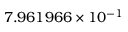
7 . 9 6 1 9 6 6 \times 1 0 ^ { - 1 }